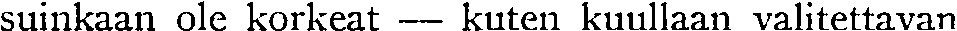
suinkaan ole korkeat — kuten kuullaan valitettavan